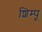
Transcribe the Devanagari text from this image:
शिम्पू